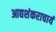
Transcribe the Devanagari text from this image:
आद्यशंकराचार्य